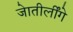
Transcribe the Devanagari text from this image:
जेातीर्लींगे